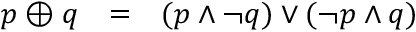
\begin{array} { l l l } { p \oplus q } & { = } & { ( p \land \lnot q ) \lor ( \lnot p \land q ) } \end{array}